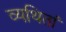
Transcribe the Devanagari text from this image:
व्यथितां